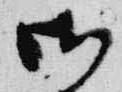
御